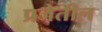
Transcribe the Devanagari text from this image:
प्रजेतील